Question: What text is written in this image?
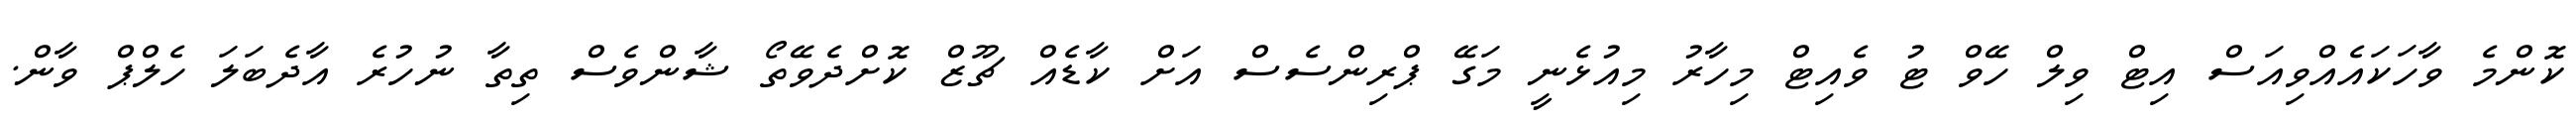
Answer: ކޮންމެ ވާހަކައެއްވިއަސް އިޓް ވިލް ހޭވް ޓު ވެއިޓް މިހާރު މިއުޅެނީ މަގޭ ޕްރިންސެސް އަށް ކާޑެއް ޗޫޒް ކޮށްދެވޭތޯ ޝާންވެސް ތިތާ ނުހުރެ އާދެބަލަ ހެލްޕް ވާން.